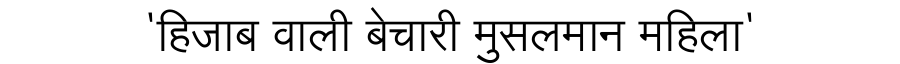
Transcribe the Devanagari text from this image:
'हिजाब वाली बेचारी मुसलमान महिला'